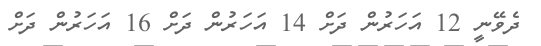
ދެވޭނީ 12 އަހަރުން ދަށް 14 އަހަރުން ދަށް 16 އަހަރުން ދަށް